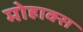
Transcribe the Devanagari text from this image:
मोहाक्स